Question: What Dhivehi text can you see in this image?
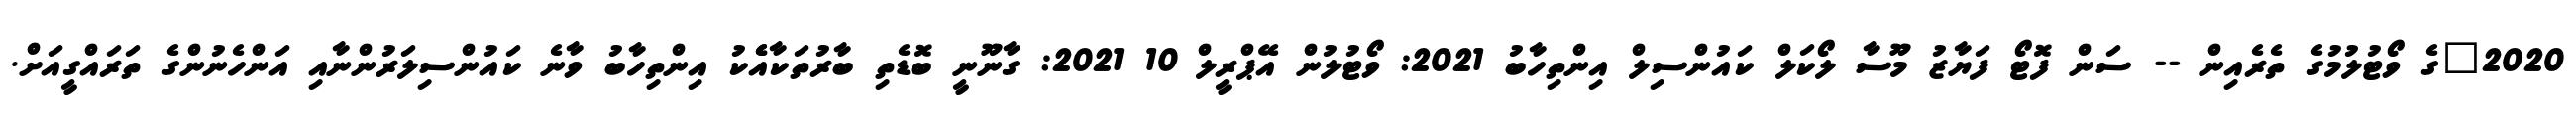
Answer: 2020"ގެ ވޯޓުލުމުގެ ތެރެއިން -- ސަން ފޮޓޯ ފަޔާޒު މޫސާ ލޯކަލް ކައުންސިލް އިންތިހާބު 2021: ވޯޓުލުން އޭޕްރީލް 10 2021: ގާނޫނީ ބޮޑެތި ބާރުތަކާއެެކު އިންތިހާބު ވާނެ ކައުންސިލަރުންނާއި އަންހެނުންގެ ތަރައްގީއަށް.